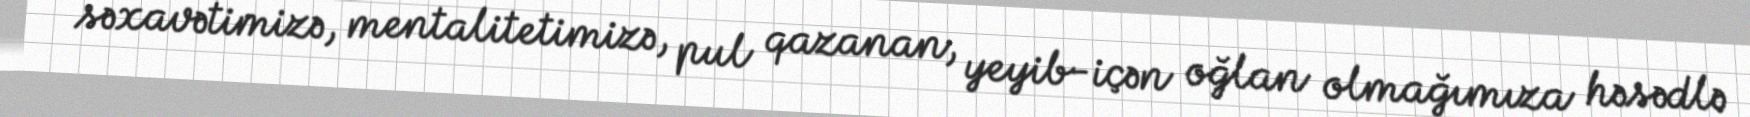
səxavətimizə, mentalitetimizə, pul qazanan, yeyib-içən oğlan olmağımıza həsədlə